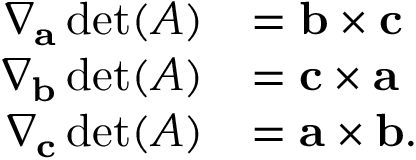
{ \begin{array} { r l } { \nabla _ { \mathbf { a } } \operatorname* { d e t } ( A ) } & { = \mathbf { b } \times \mathbf { c } } \\ { \nabla _ { \mathbf { b } } \operatorname* { d e t } ( A ) } & { = \mathbf { c } \times \mathbf { a } } \\ { \nabla _ { \mathbf { c } } \operatorname* { d e t } ( A ) } & { = \mathbf { a } \times \mathbf { b } . } \end{array} }